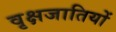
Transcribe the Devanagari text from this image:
वृक्षजातियों